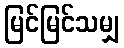
မြင်မြင်သမျှ